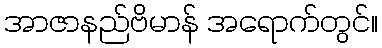
အာဇာနည်ဗိမာန် အရောက်တွင်။